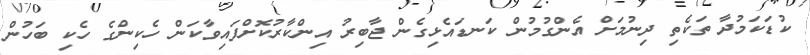
ކުޑަކަމުދާ ތަކެތި ދިނުމަށް އެންގުމުން ކަނޑައެޅިގެން ޖާބިރު އިންކާރުކޮށްފައިވާކަން ހެކިންގެ ހެކި ބަހުން